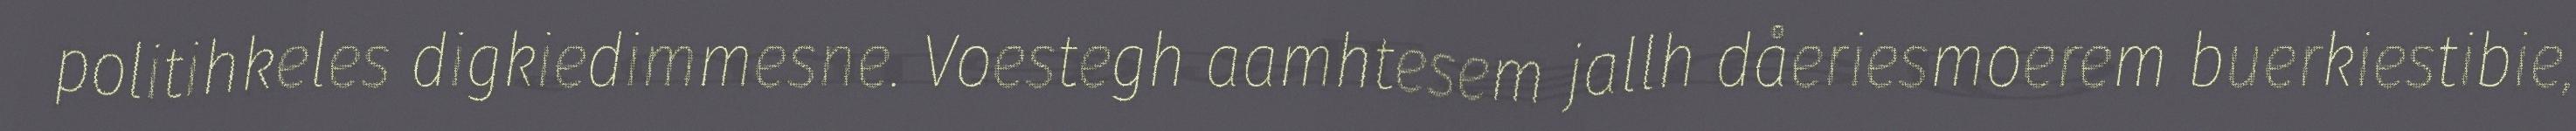
politihkeles digkiedimmesne. Voestegh aamhtesem jallh dåeriesmoerem buerkiestibie,